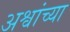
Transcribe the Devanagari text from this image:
अश्वांच्या